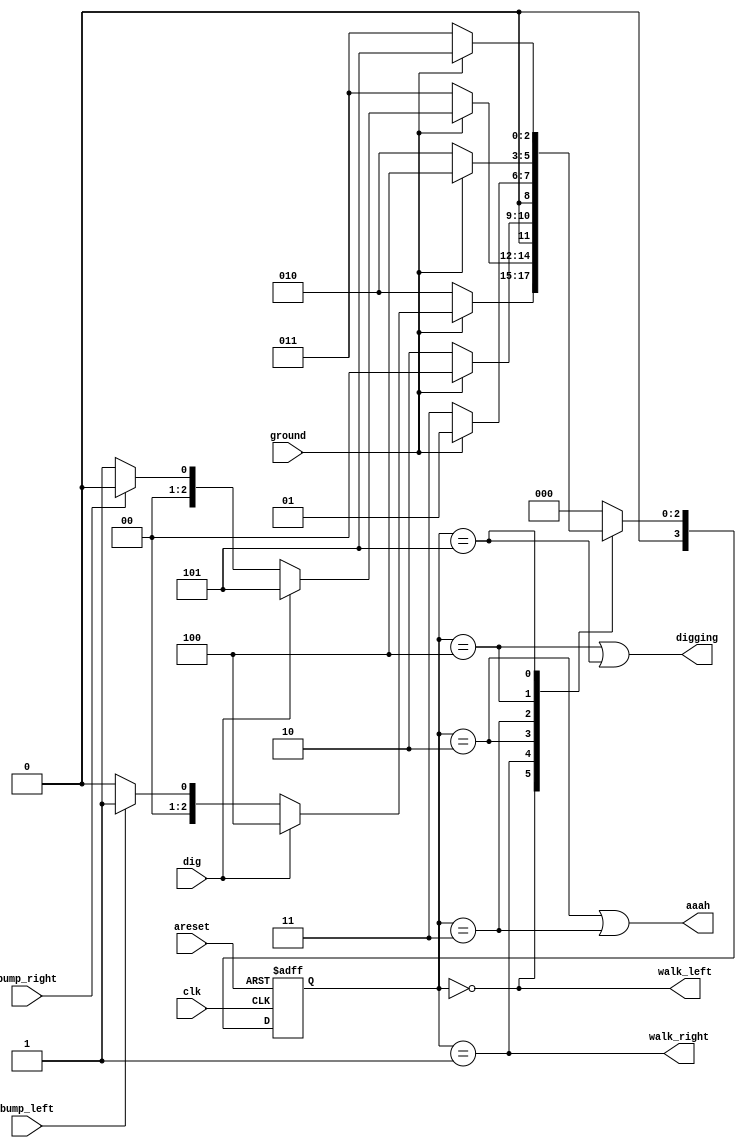
module top_module(
    input clk,
    input areset,    // Freshly brainwashed Lemmings walk left.
    input bump_left,
    input bump_right,
    input ground,
    input dig,
    output walk_left,
    output walk_right,
    output aaah,
    output digging ); 
    
    parameter LEFT = 4'd0, RIGHT = 4'd1, GROUND_LEFT = 4'd2, GROUND_RIGHT = 4'd3;
    parameter DIGGING_LEFT = 4'd4, DIGGING_RIGHT = 4'd5;
    reg	[3:0]	current_state;
    reg [3:0]	next_state;
    
    always@(posedge clk or posedge areset)begin
        if(areset)begin
            current_state <= LEFT;
        end
        else begin
            current_state <= next_state;
        end
    end
    
    always@(*)begin
        case(current_state)
            LEFT:begin
                next_state = ground ? (dig ? DIGGING_LEFT : (bump_left ? RIGHT : LEFT)) : GROUND_LEFT;
            end
            RIGHT:begin
                next_state = ground ? (dig ? DIGGING_RIGHT : (bump_right ? LEFT : RIGHT)) : GROUND_RIGHT;
            end
            GROUND_LEFT:begin
                next_state = ground ? LEFT : GROUND_LEFT;
            end
            GROUND_RIGHT:begin
                next_state = ground ? RIGHT : GROUND_RIGHT;
            end
            DIGGING_LEFT:begin
                next_state = ground ? DIGGING_LEFT : GROUND_LEFT;
            end
            DIGGING_RIGHT:begin
                next_state = ground ? DIGGING_RIGHT : GROUND_RIGHT;
            end
            default:begin
                next_state = LEFT;
            end
        endcase
    end    
    
    assign walk_left = (current_state == LEFT);
    assign walk_right = (current_state == RIGHT);
    assign digging = (current_state == DIGGING_LEFT || current_state == DIGGING_RIGHT);
    assign aaah = (current_state == GROUND_LEFT || current_state == GROUND_RIGHT);
    
    /*
    //second way
    always@(posedge clk or posedge areset)begin
        if(areset)begin
            aaah <= 1'b0;
        end
        else begin
            aaah <= ~ground;
        end
    end
    */
 
endmodule